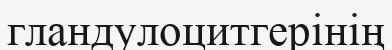
гландулоцитгерінің